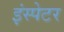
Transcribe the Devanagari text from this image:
इंस्पेटर